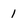
Character: 1